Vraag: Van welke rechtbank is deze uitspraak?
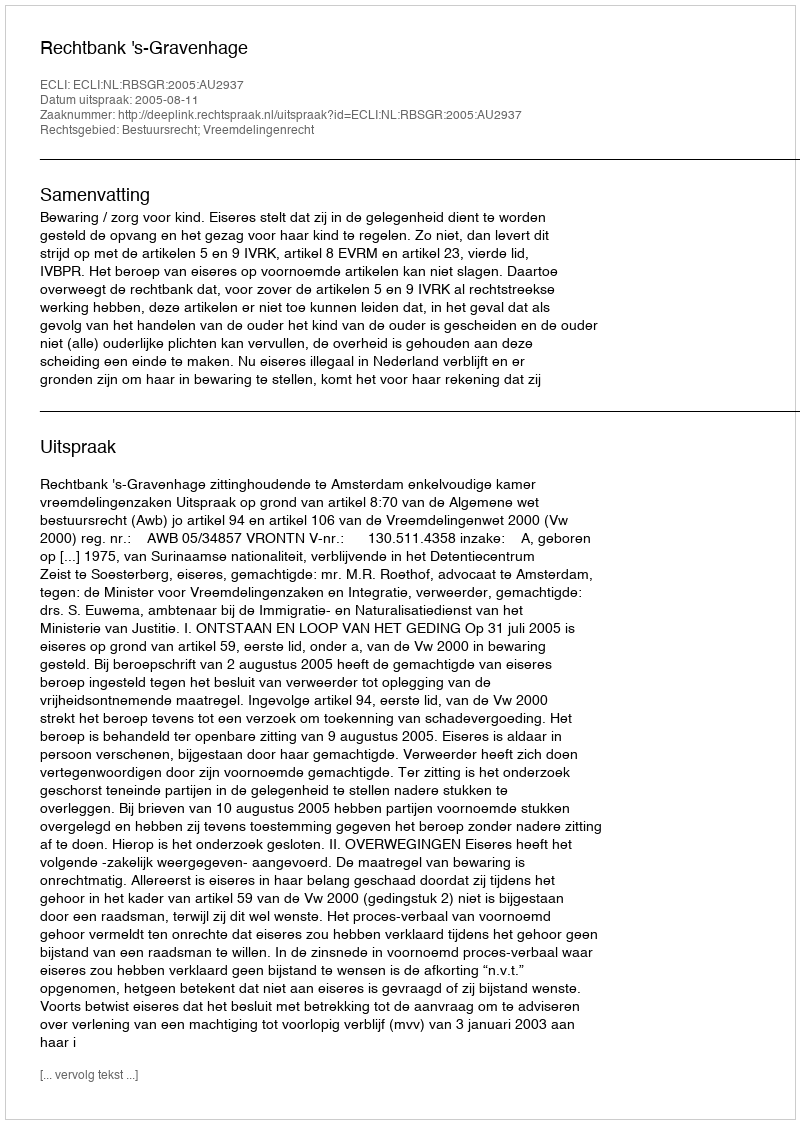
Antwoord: Rechtbank 's-Gravenhage